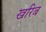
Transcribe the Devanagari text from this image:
खरिब